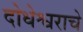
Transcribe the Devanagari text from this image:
दोधेश्वराचे